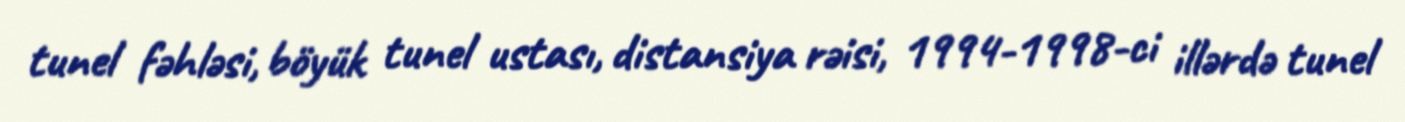
tunel fəhləsi, böyük tunel ustası, distansiya rəisi, 1994-1998-ci illərdə tunel